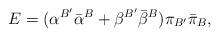
LaTeX: \begin{align*}E=({\alpha}^{B^\prime}{\bar \alpha}^{B} +{\beta}^{B^\prime}{\bar \beta}^{B}){\pi}_{B^\prime} {\bar \pi}_{B},\end{align*}